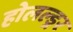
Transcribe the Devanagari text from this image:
होलल्ड्रर